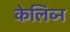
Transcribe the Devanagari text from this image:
केलिव्न